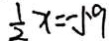
\frac { 1 } { 2 } x = - 5 9